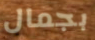
بجمال